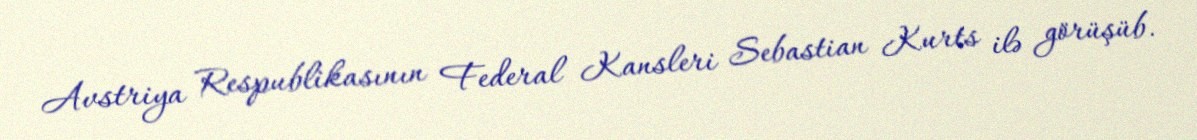
Avstriya Respublikasının Federal Kansleri Sebastian Kurts ilə görüşüb.